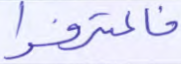
فاعترفوا